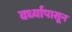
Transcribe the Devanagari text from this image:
वर्ध्यापासून